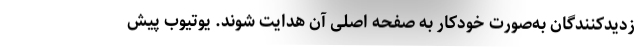
زدیدکنندگان به‌صورت خودکار به صفحه اصلی آن هدایت شوند. یوتیوب پیش